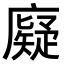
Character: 𪪧